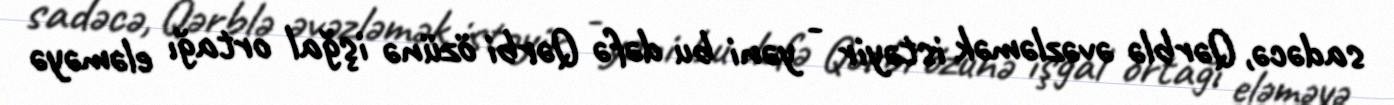
sadəcə, Qərblə əvəzləmək istəyir - yəni bu dəfə Qərbi özünə işğal ortağı eləməyə